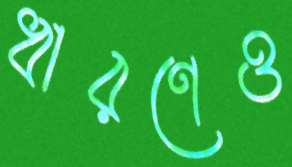
ধারণেও